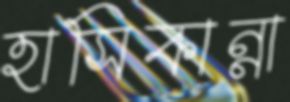
হাসিকান্না